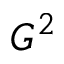
G ^ { 2 }